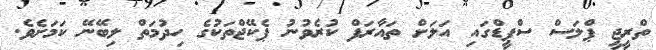
ތްރީޖީ ޕްލަސް ސްޕީޑްގައި އަލަށް ތައާރަފް ކުރެވުނު ޕެކޭޖްތަކުގެ ހިދުމަތް ލިބޭނޭ ކަމަށެވެ.